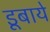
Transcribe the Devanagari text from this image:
डूबाये